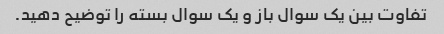
تفاوت بین یک سوال باز و یک سوال بسته را توضیح دهید.